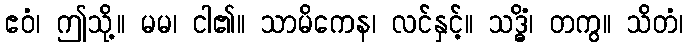
ဧဝံ၊ ဤသို့။ မမ၊ ငါ၏။ သာမိကေန၊ လင်နှင့်။ သဒ္ဓိံ၊ တကွ။ သိတံ၊